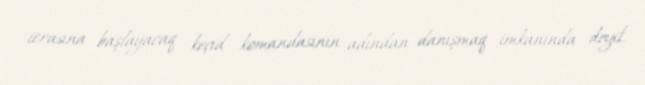
icrasına başlayacaq keçid komandasının adından danışmaq imkanında deyil.